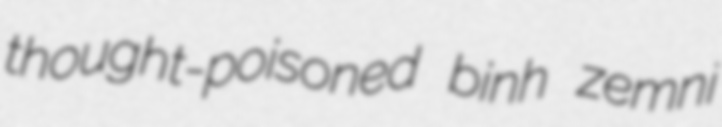
thought-poisoned binh zemni